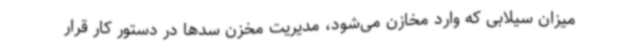
میزان سیلابی که وارد مخازن می‌شود، مدیریت مخزن سدها در دستور کار قرار